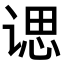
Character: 𫍰